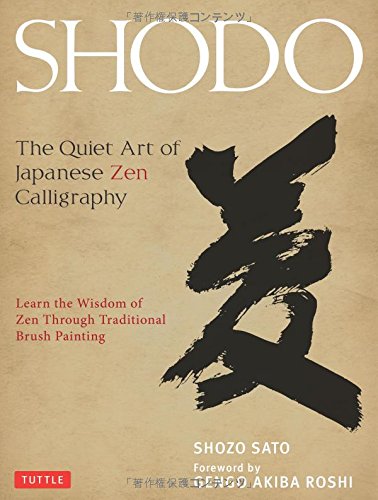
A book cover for Shodo: The Quiet Art of Japanese Zen Calligraphy; Learn the Wisdom of Zen Through Traditional Brush Painting; Shozo Sato; Arts & Photography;